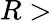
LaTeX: R>